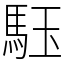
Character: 𩢤